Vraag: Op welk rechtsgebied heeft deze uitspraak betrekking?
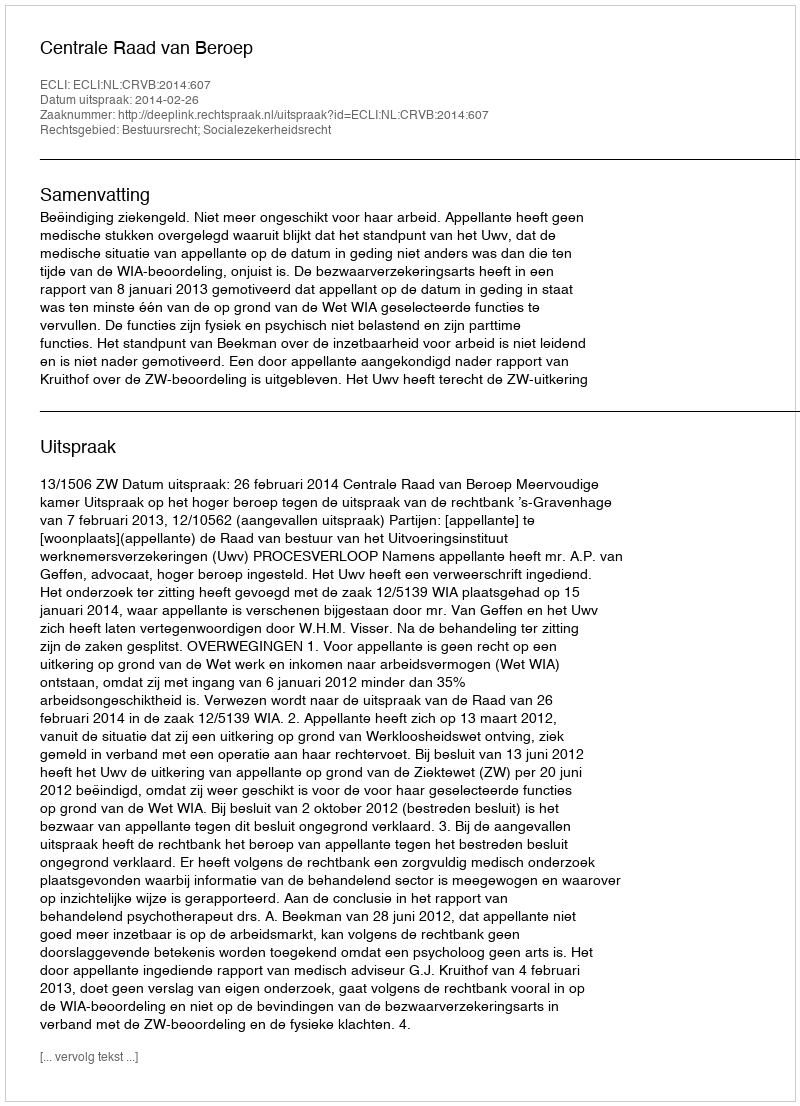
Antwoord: Bestuursrecht; Socialezekerheidsrecht